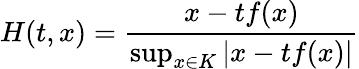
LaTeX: H(t,x)={\frac{x-tf(x)}{\operatorname*{sup}_{x\in K}\left|x-tf(x)\right|}}